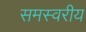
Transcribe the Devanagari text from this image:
समस्वरीय